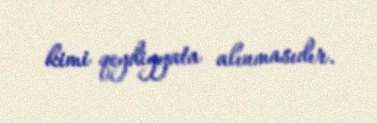
kimi qeydiyyata alınmasıdır.